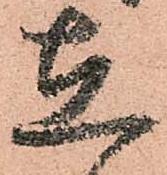
在